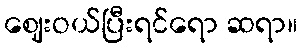
ဈေးဝယ်ပြီးရင်ရော ဆရာ။